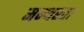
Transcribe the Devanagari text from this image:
मन्थरता